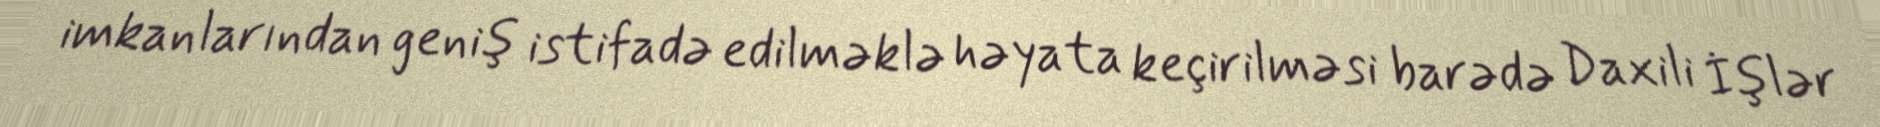
imkanlarından geniş istifadə edilməklə həyata keçirilməsi barədə Daxili İşlər